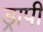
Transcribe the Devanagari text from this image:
ड्रापी